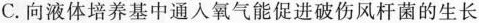
C.向液体培养基中通入氧气能促进破伤风杆菌的生长